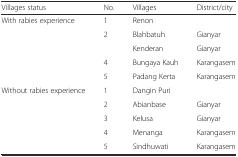
<table><thead><tr><td><b>Villages status</b></td><td><b>No.</b></td><td><b>Villages</b></td><td><b>District/city</b></td></tr></thead><tbody><tr><td rowspan="5">With rabies experience</td><td>1</td><td>Renon</td><td>[EMPTY_CELL]</td></tr><tr><td>2</td><td>Blahbatuh</td><td>Gianyar</td></tr><tr><td>[EMPTY_CELL]</td><td>Kenderan</td><td>Gianyar</td></tr><tr><td>4</td><td>Bungaya Kauh</td><td>Karangasem</td></tr><tr><td>5</td><td>Padang Kerta</td><td>Karangasem</td></tr><tr><td rowspan="5">Without rabies experience</td><td>1</td><td>Dangin Puri</td><td>[EMPTY_CELL]</td></tr><tr><td>2</td><td>Abianbase</td><td>Gianyar</td></tr><tr><td>3</td><td>Kelusa</td><td>Gianyar</td></tr><tr><td>4</td><td>Menanga</td><td>Karangasem</td></tr><tr><td>5</td><td>Sindhuwati</td><td>Karangasem</td></tr></tbody></table>